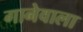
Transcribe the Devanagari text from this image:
गानेवाला